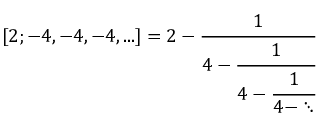
[ 2 ; - 4 , - 4 , - 4 , . . . ] = 2 - { \cfrac { 1 } { 4 - { \cfrac { 1 } { 4 - { \cfrac { 1 } { 4 - \ddots } } } } } }